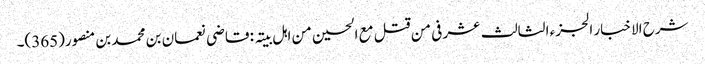
شرح الاخبار الجزء الثالث عشر فی من قتل مع الحسین من اہل بیتہ : قاضی نعمان بن محمد بن منصور(365)۔